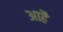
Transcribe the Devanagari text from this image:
आहै